Investigations into the jail dietaries of the United Provinces with some observations on the influence of dietary on the physical development and well-being of the people of the United Provinces - Number 48
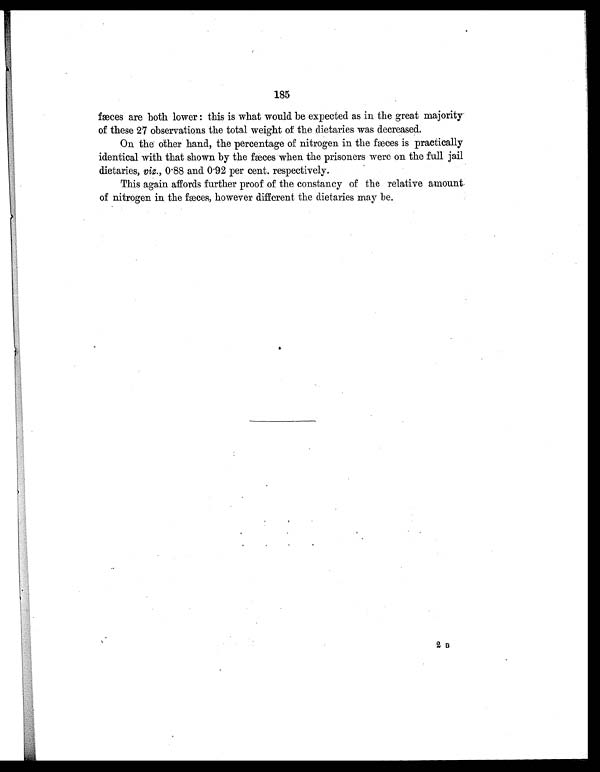
185
fæces are both lower : this is what would be expected as in the great majority
of these 27 observations the total weight of the dietaries was decreased.
On the other hand, the percentage of nitrogen in the fæces is practically
identical with that shown by the fæces when the prisoners were on the full jail
dietaries, viz., 0.88 and 0.92 per cent. respectively.
This again affords further proof of the constancy of the relative amount
of nitrogen in the fæces, however different the dietaries may be.
2B